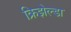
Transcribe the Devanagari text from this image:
क्रिझेल्डा